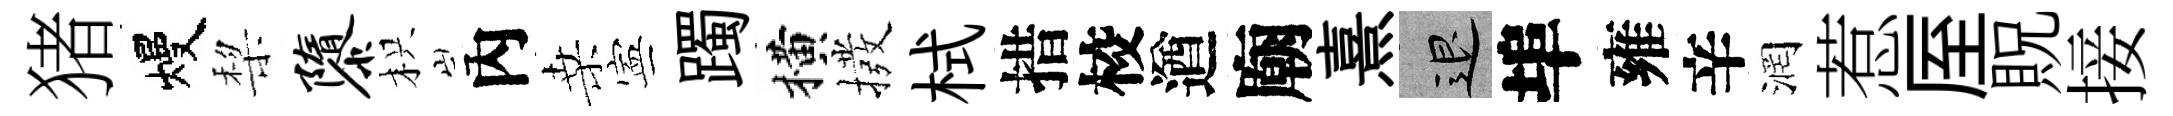
猪熳棃隳枳內桑寕躅横撥栻措校遒廟熹退埠雍辛润惹厔貺接